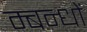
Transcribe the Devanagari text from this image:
म्बन्धों